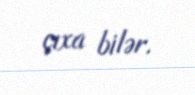
çıxa bilər.